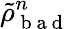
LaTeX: \tilde{\rho}_{\mathrm{~b~a~d~}}^{n}